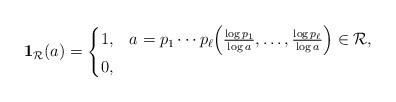
LaTeX: \begin{align*}\mathbf{1}_{\mathcal{R}}(a)=\begin{cases}1,&a=p_1\cdots p_{\ell}\Bigl(\frac{\log{p_1}}{\log{a}},\dots,\frac{\log{p_\ell}}{\log{a}}\Bigr)\in\mathcal{R},\\0,&\end{cases}\end{align*}